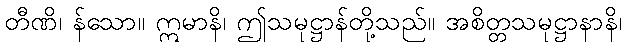
တီဏိ၊ န်သော။ ဣမာနိ၊ ဤသမုဋ္ဌာန်တို့သည်။ အစိတ္တသမုဋ္ဌာနာနိ၊